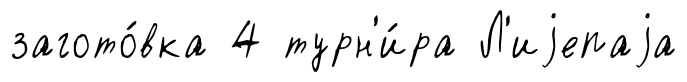
загото́вка 4 турн'и́ра Л'иjепаjа